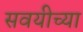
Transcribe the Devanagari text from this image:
सवयीच्या